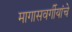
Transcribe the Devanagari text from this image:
मागासवर्गीयांचे